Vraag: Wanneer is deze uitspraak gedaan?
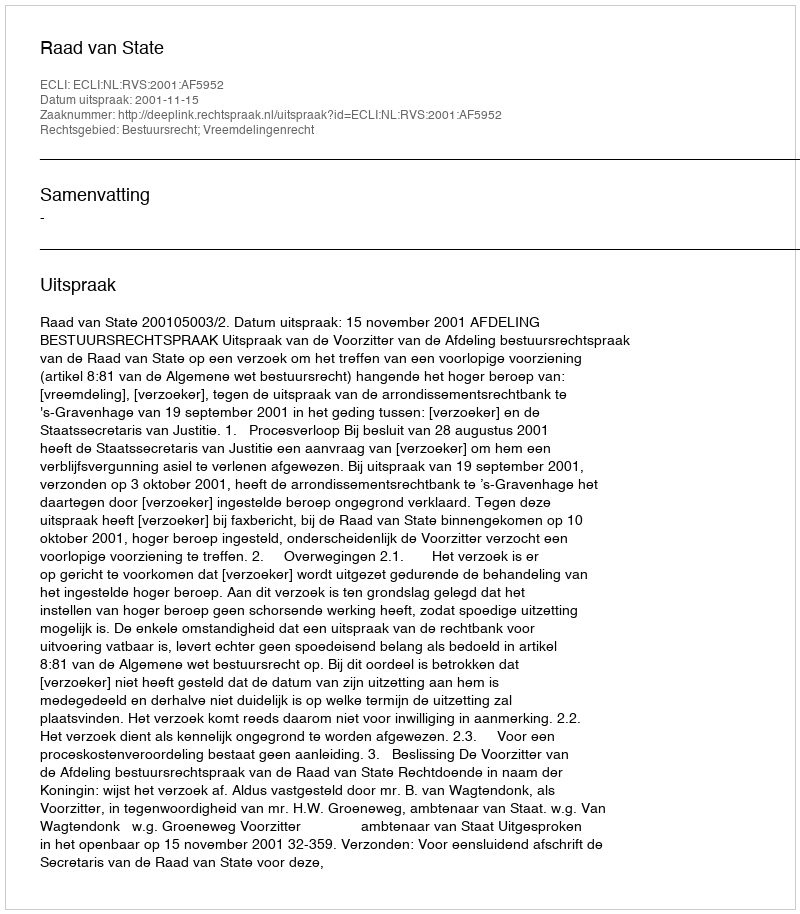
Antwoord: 2001-11-15